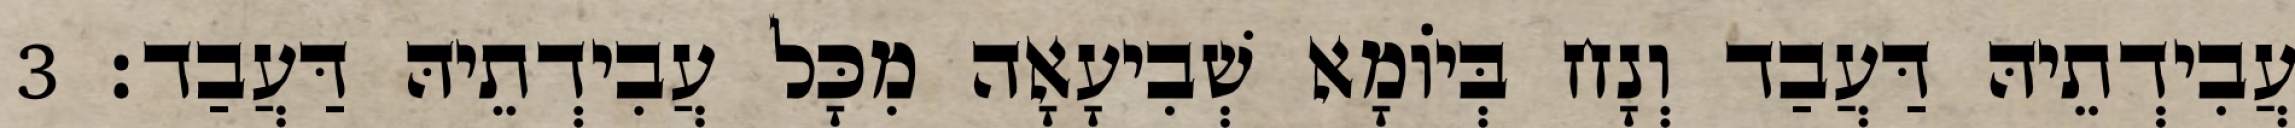
עֲבִידְתֵיהּ דַּעֲבַד וְנָח בְּיוֹמָא שְׁבִיעָאָה מִכָּל עֲבִידְתֵיהּ דַּעֲבַד׃ 3